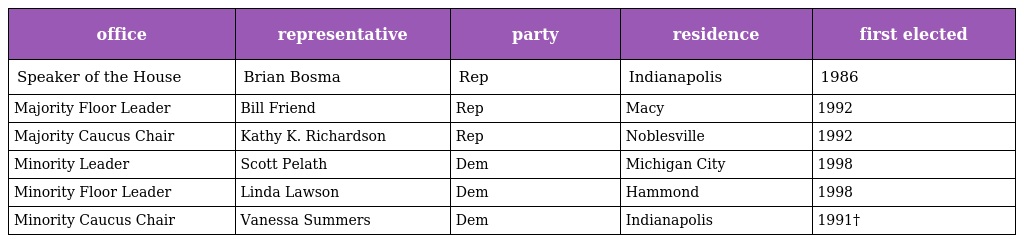
| office | representative | party | residence | first elected |
 | --- | --- | --- | --- | --- |
 | Speaker of the House | Brian Bosma | Rep | Indianapolis | 1986 |
 | Majority Floor Leader | Bill Friend | Rep | Macy | 1992 |
 | Majority Caucus Chair | Kathy K. Richardson | Rep | Noblesville | 1992 |
 | Minority Leader | Scott Pelath | Dem | Michigan City | 1998 |
 | Minority Floor Leader | Linda Lawson | Dem | Hammond | 1998 |
 | Minority Caucus Chair | Vanessa Summers | Dem | Indianapolis | 1991† |